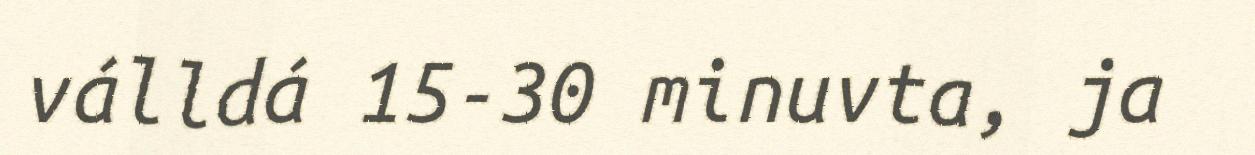
válldá 15-30 minuvta, ja